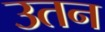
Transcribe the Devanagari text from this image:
उतन